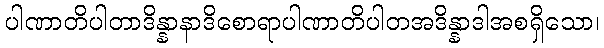
ပါဏာတိပါတာဒိန္နာနာဒိစောရာပါဏာတိပါတအဒိန္နာဒါအစရှိသော၊